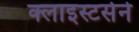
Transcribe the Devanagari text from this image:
क्लाइस्टर्सने